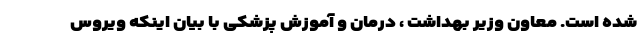
شده است. معاون وزیر بهداشت ، درمان و آموزش پزشکی با بیان اینکه ویروس